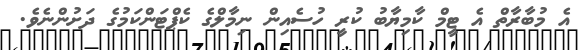
އެ މުބާރާތް އެ ޓީމް ކާމިޔާބު ކުރީ ހުސެއިން ނިމާލްގެ ކެޕްޓަންކަމުގެ ދަށުންނެވެ.